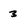
Character: 3